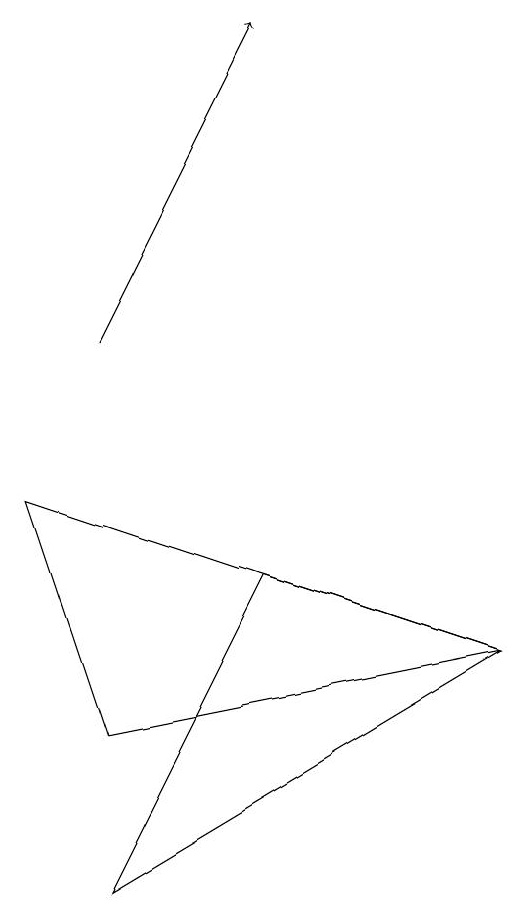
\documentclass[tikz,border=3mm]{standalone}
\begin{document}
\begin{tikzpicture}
\draw (6,6) -- (3,7) -- (1,3) -- cycle;
\draw (6,6) -- (0,8) -- (1,5) -- cycle;
\draw[->] (1,10) -- (3,14);
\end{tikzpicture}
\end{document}